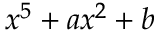
x ^ { 5 } + a x ^ { 2 } + b